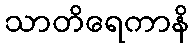
သာတိရေကာနိ